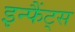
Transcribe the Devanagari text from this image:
इन्फैंट्स